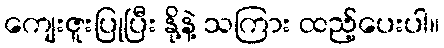
ကျေးဇူးပြုပြီး နို့နဲ့ သကြား ထည့်ပေးပါ။